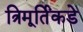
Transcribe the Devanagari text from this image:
त्रिमूर्तिंकडे